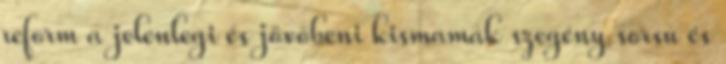
reform a jelenlegi és jövőbeni kismamák szegény sorsú és